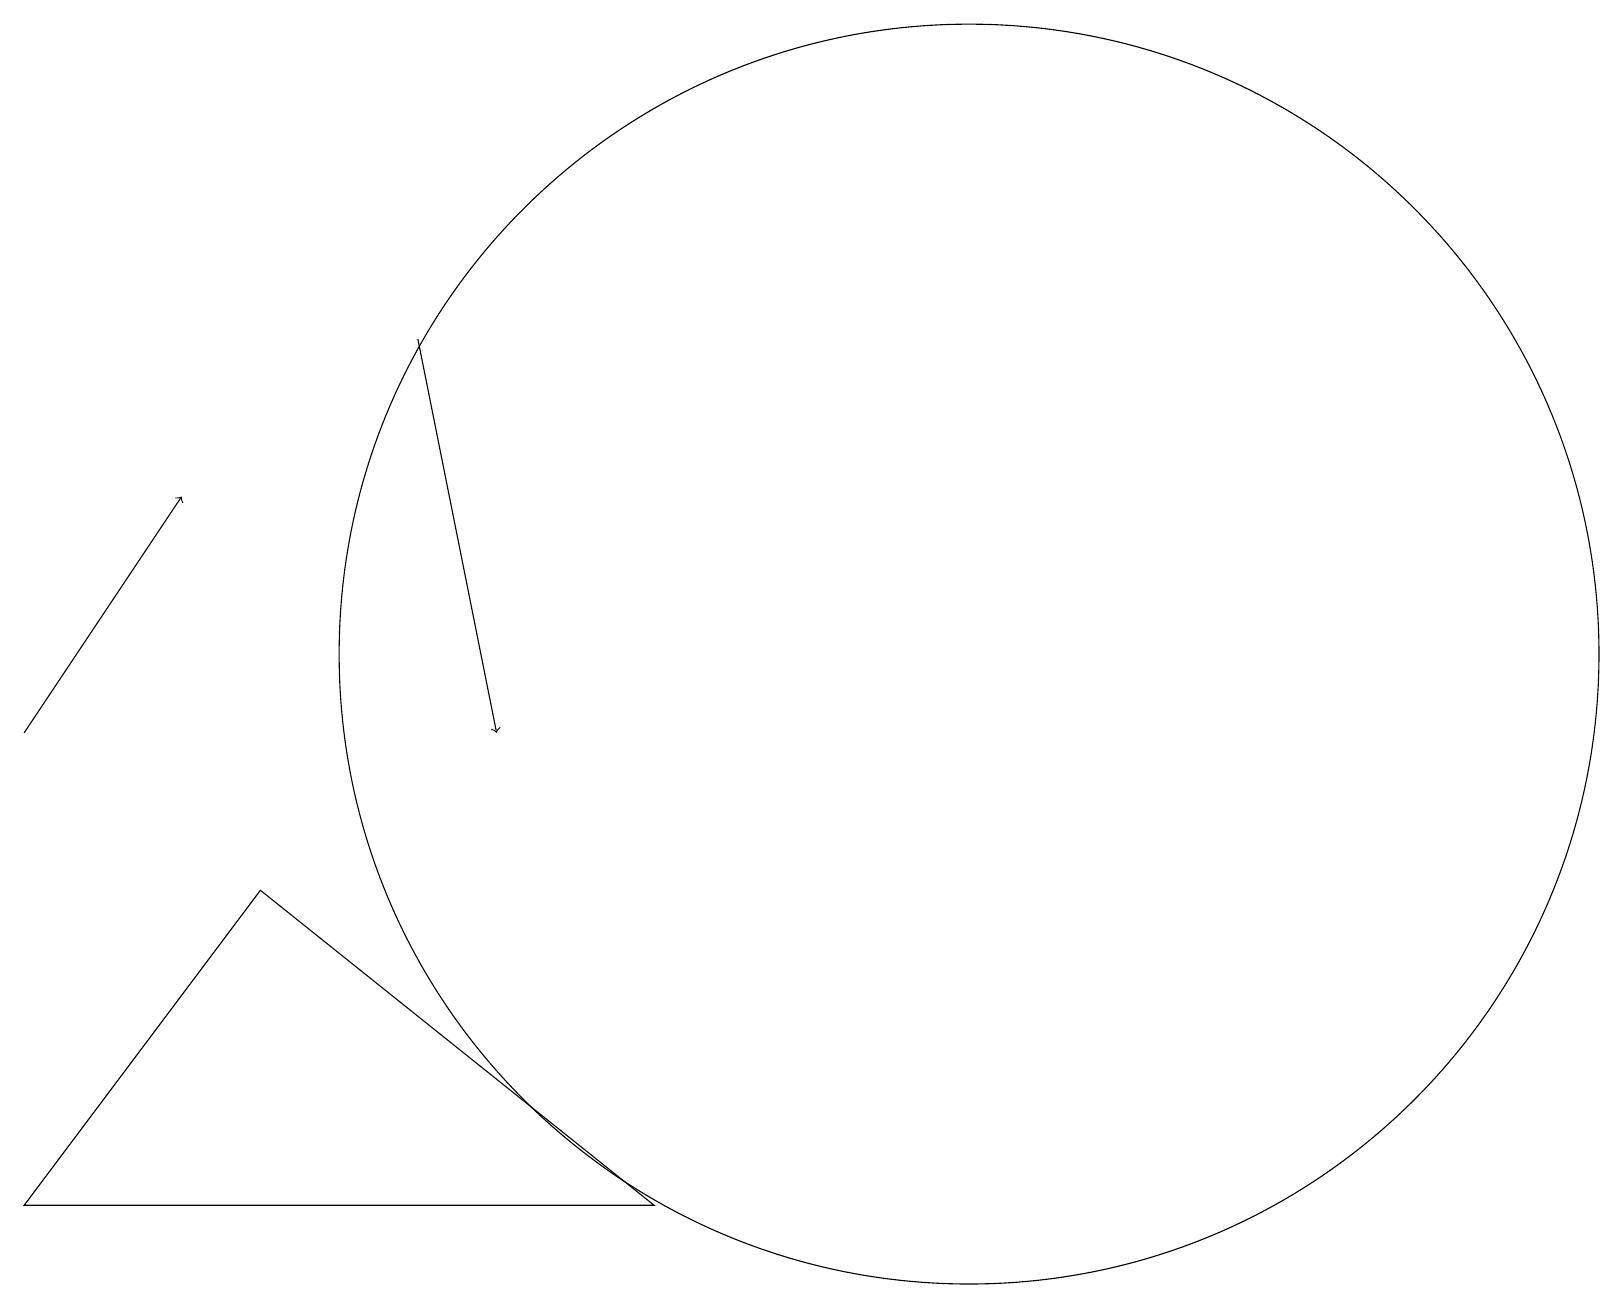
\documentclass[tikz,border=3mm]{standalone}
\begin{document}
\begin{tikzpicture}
\draw (3,8) -- (8,4) -- (0,4) -- cycle;
\draw[->] (0,10) -- (2,13);
\draw[->] (5,15) -- (6,10);
\draw (12,11) circle (8);
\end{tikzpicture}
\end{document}